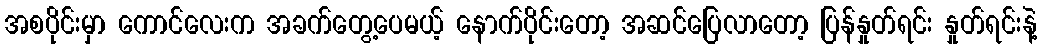
အစပိုင်းမှာ ကောင်လေးက အခက်တွေ့ပေမယ့် နောက်ပိုင်းတော့ အဆင်ပြေလာတော့ ပြန်နှုတ်ရင်း နှုတ်ရင်းနဲ့